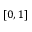
\left[ 0 , 1 \right]